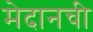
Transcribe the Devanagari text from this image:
मेदानची